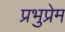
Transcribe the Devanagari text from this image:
प्रभुप्रेम